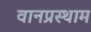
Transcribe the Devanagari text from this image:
वानप्रस्थाम